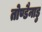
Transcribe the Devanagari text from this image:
तोण्डैनाडु